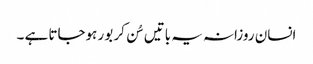
انسان روزانہ یہ باتیں سُن کر بور ہوجاتا ہے ۔